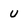
Character: U